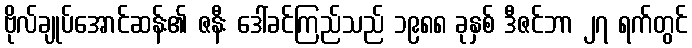
ဗိုလ်ချုပ်အောင်ဆန်း၏ ဇနီး ဒေါ်ခင်ကြည်သည် ၁၉၈၈ ခုနှစ် ဒီဇင်ဘာ ၂၇ ရက်တွင်